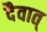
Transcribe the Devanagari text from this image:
दैवात्‌